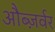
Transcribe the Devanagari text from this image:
औब्ज़र्वर